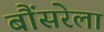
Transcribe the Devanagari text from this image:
बौंसरेला